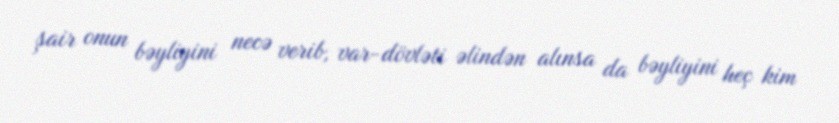
şair onun bəyliyini necə verib, var-dövləti əlindən alınsa da bəyliyini heç kim